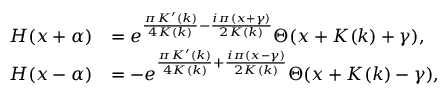
\begin{array} { r l } { H ( x + \alpha ) } & { = e ^ { \frac { \pi K ^ { \prime } ( k ) } { 4 K ( k ) } - \frac { i \pi ( x + \gamma ) } { 2 K ( k ) } } \Theta ( x + K ( k ) + \gamma ) , } \\ { H ( x - \alpha ) } & { = - e ^ { \frac { \pi K ^ { \prime } ( k ) } { 4 K ( k ) } + \frac { i \pi ( x - \gamma ) } { 2 K ( k ) } } \Theta ( x + K ( k ) - \gamma ) , } \end{array}